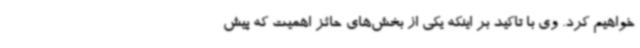
خواهیم کرد. وی با تاکید بر اینکه یکی از بخش‌های حائز اهمیت که پیش